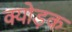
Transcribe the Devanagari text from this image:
क्योड़क